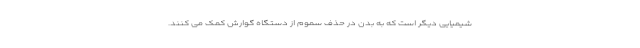
شیمیایی دیگر است که به بدن در حذف سموم از دستگاه گوارش کمک می کنند.